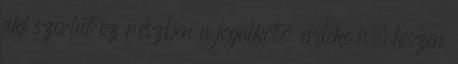
aki szerint ez részben a jogalkotó érdeke is, hiszen